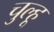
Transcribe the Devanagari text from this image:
चुल्हू